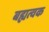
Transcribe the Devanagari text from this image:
बह्यत्वक